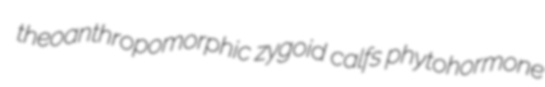
theoanthropomorphic zygoid calfs phytohormone